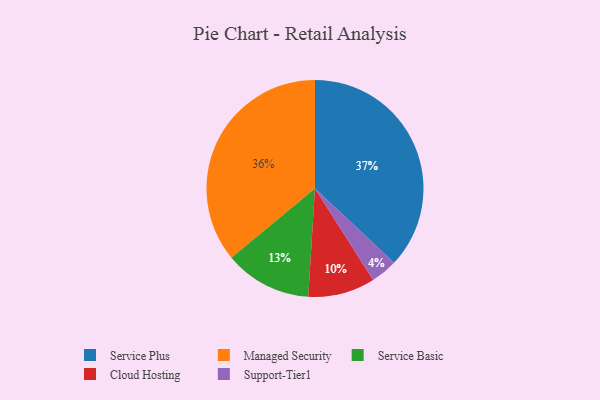
{"axis": {"x": "Category", "y": "Percentage"}, "legend": ["Cloud Hosting", "Managed Security", "Service Basic", "Service Plus", "Support-Tier1"], "data": [{"x": "Support-Tier1", "y": 4, "type": "Support-Tier1"}, {"x": "Managed Security", "y": 36, "type": "Managed Security"}, {"x": "Service Basic", "y": 13, "type": "Service Basic"}, {"x": "Service Plus", "y": 37, "type": "Service Plus"}, {"x": "Cloud Hosting", "y": 10, "type": "Cloud Hosting"}]}